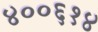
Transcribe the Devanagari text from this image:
४००६१४